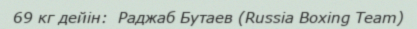
69 кг дейін:  Раджаб Бутаев (Russia Boxing Team)